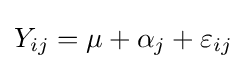
Y_{ij}=\mu +\alpha _{j}+\varepsilon _{ij}